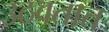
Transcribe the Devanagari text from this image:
उठवतात